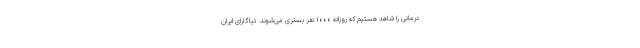
درمانی را شاهد هستیم که روزانه ۱۰۰۰ نفر بستری می‌شوند. نیاگارای ایران